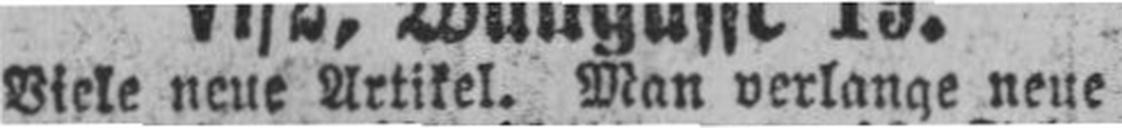
Viele neue Artikel. Man verlange neue